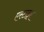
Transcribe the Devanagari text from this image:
एस्टाइर